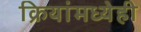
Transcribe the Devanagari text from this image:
क्रियांमध्येही